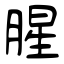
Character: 腥